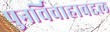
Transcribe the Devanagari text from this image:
पुनर्विवाहाबद्दल